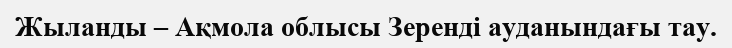
Жыланды – Ақмола облысы Зеренді ауданындағы тау.